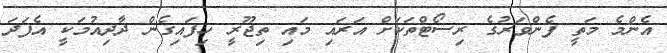
އެންމެ މަތީ ފެންވަރުގެ ރިސޯޓްތަކަށް އަރައި މައި ތިޖޫރީ ހިފައިގެން ދާދިއުމަކީ އެފަދަ